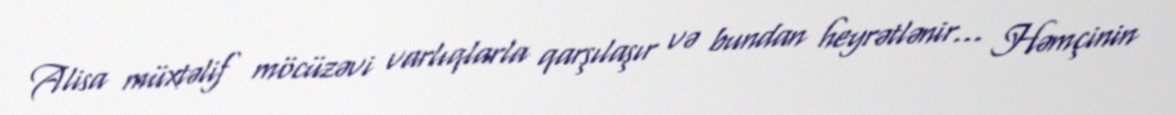
Alisa müxtəlif möcüzəvi varlıqlarla qarşılaşır və bundan heyrətlənir… Həmçinin